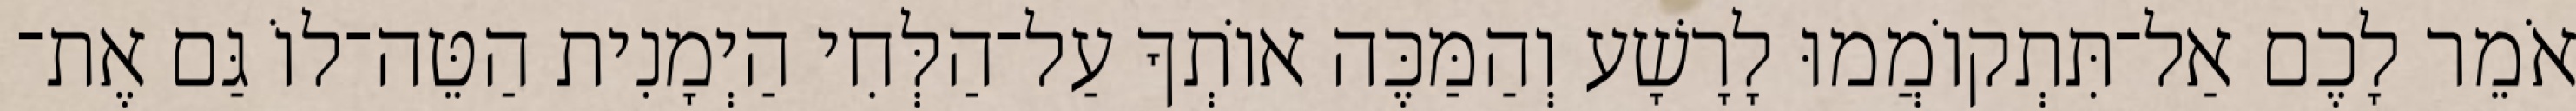
אֹמֵר לָכֶם אַל־תִּתְקוֹמֲמוּ לָרָשָׁע וְהַמַּכֶּה אוֹתְךָ עַל־הַלְּחִי הַיְמָנִית הַטֵּה־לוֹ גַּם אֶת־